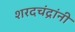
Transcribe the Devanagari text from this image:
शरदचंद्रांनी